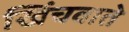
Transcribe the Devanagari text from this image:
खिंचवाते